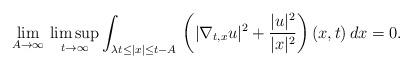
LaTeX: \begin{align*}\lim_{A\to\infty}\,\limsup_{t\to\infty}\int_{\lambda t\leq |x|\leq t-A}\,\left(|\nabla_{t,x}u|^2+\frac{|u|^2}{|x|^2}\right)(x,t)\,dx=0.\end{align*}